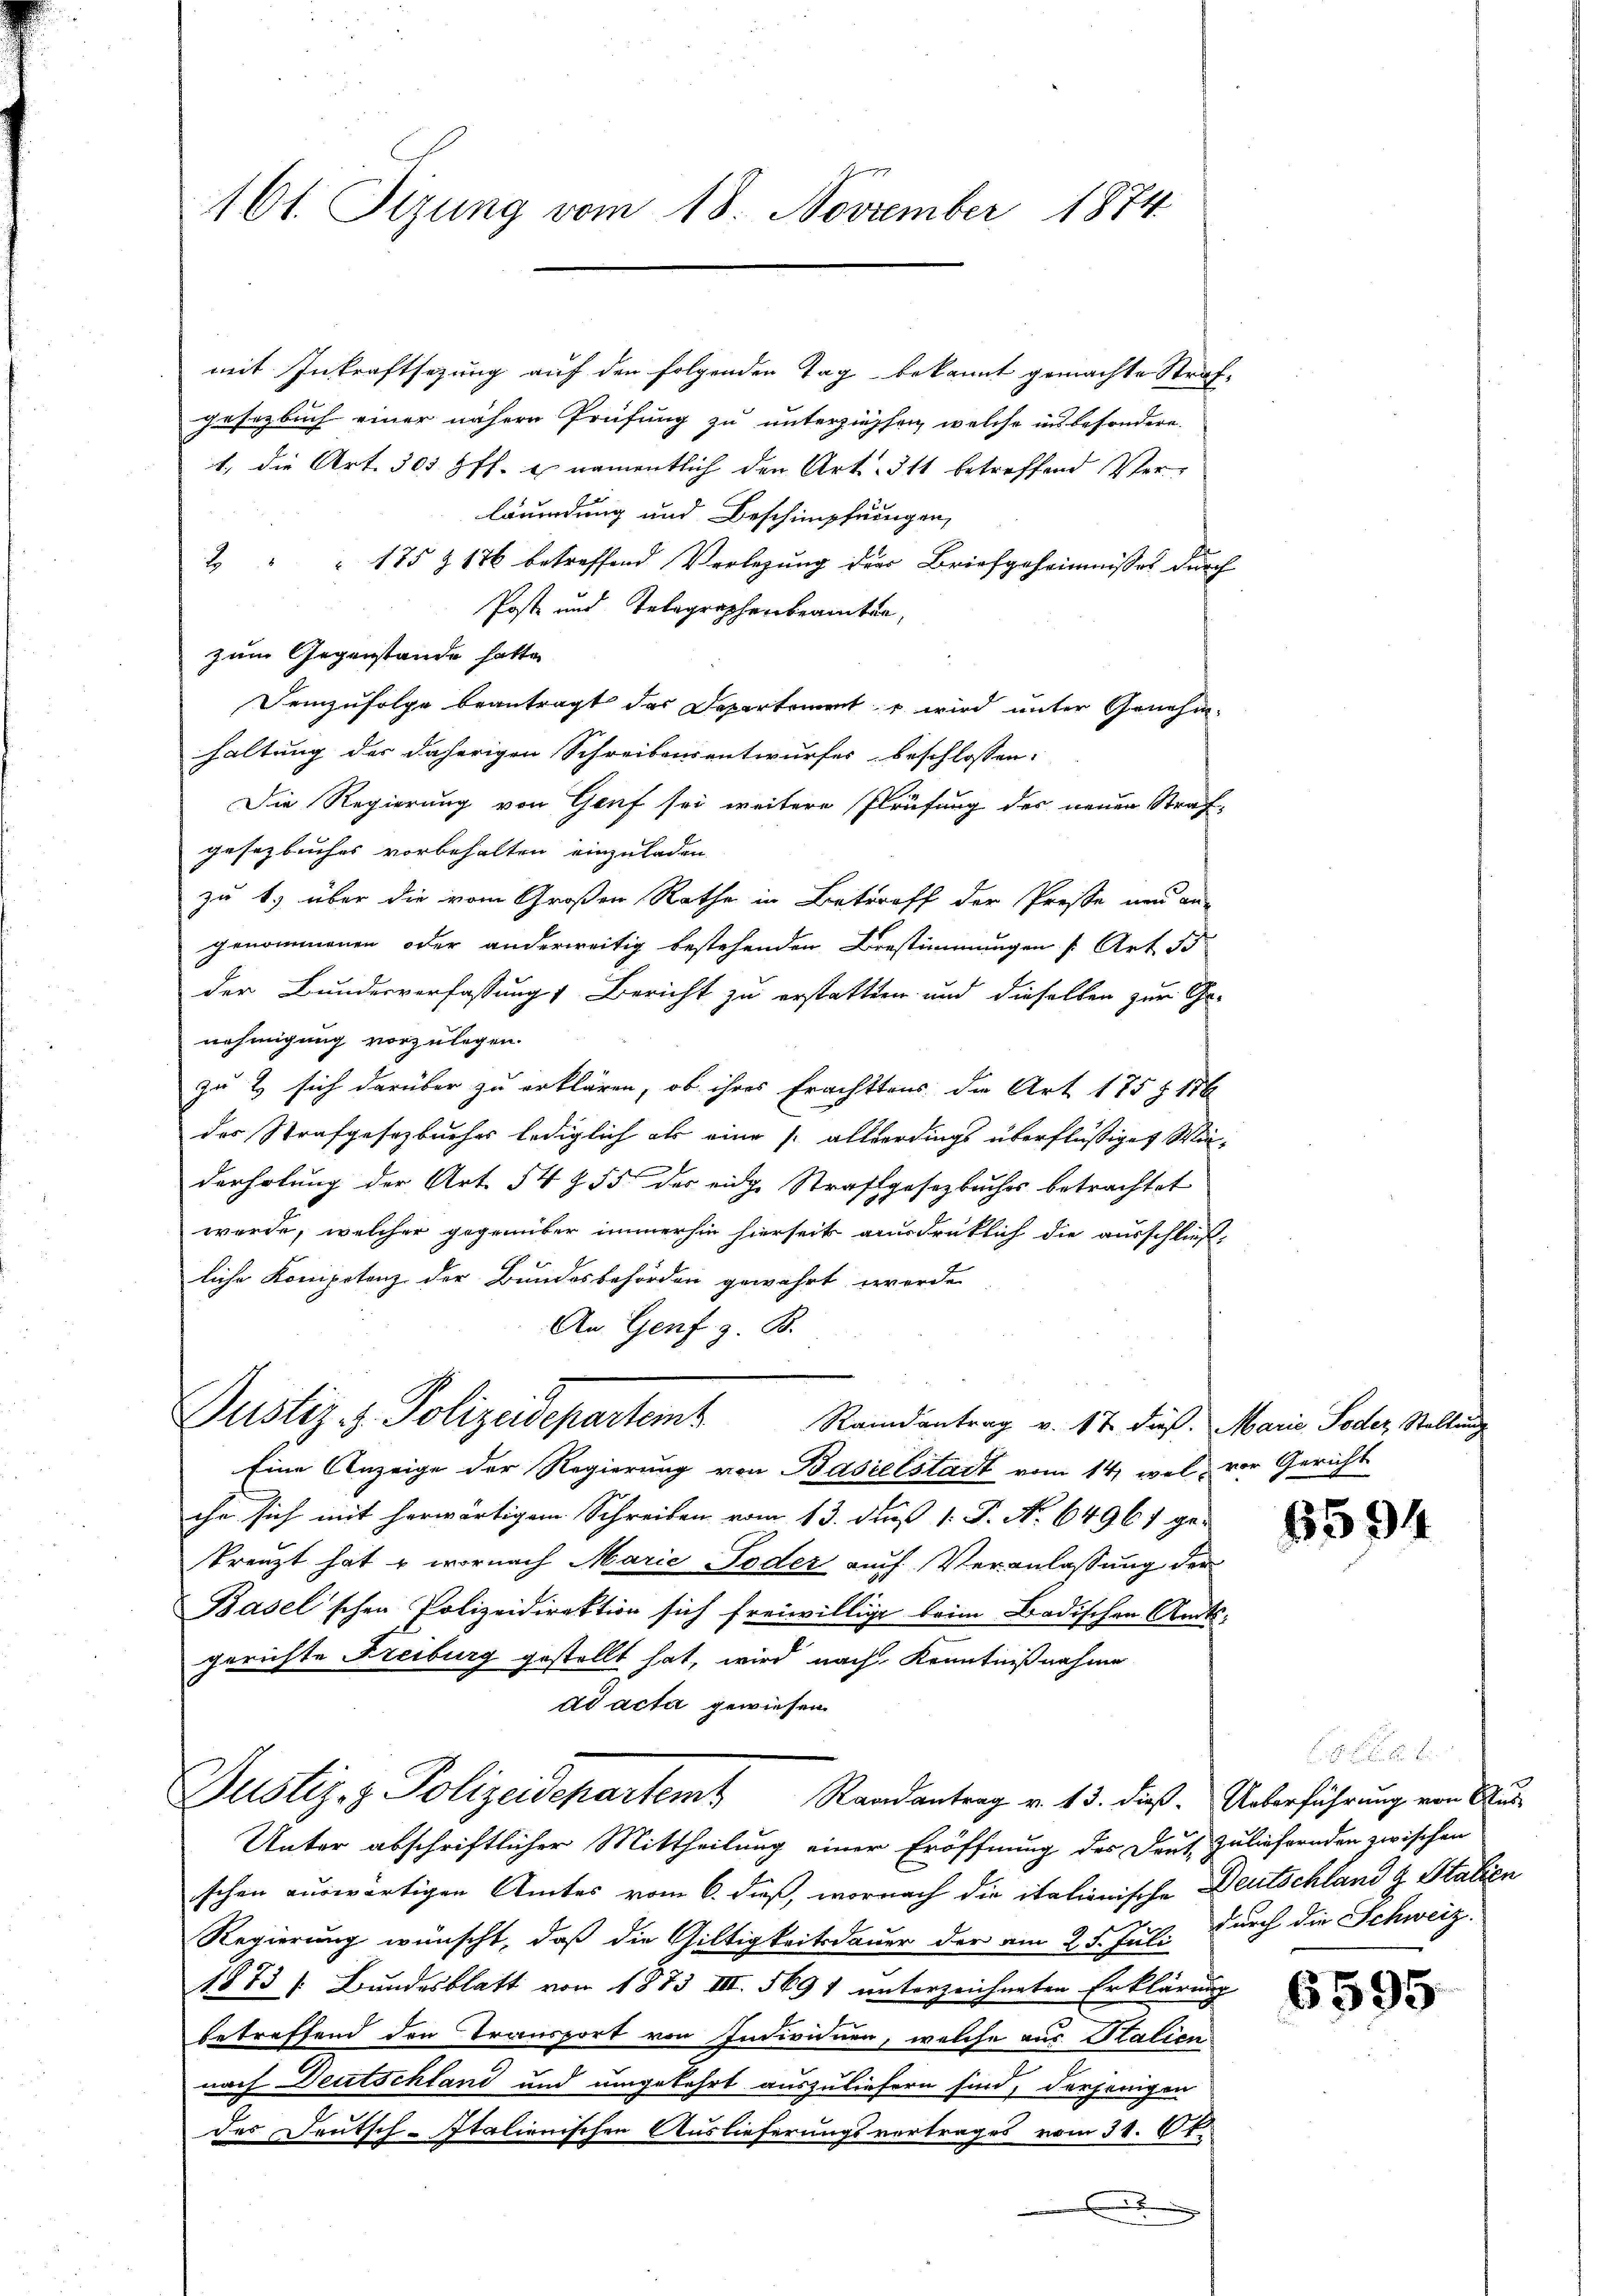
161. Tizung vom 18. November 1874.

mit Inkraftsezung auf den folgenden Tag bekannt gemachte Strafgesetzbuch einer nähere Prüfung zu unterziehen, welche ins besondere.
1. die Art. 305 ff. u. namentlich den Art. Ist betreffend Verläumdung und Beschimpfnungen,
2 " " 175 Z 176 betreffend Verlegung der Briefgeheimnisses durch
Poste und Telegraphenbeamten,
zum Gegenstände hatte
Demzufolge beantragt das Departements wird unter Genehmhaltung der daherigen Schreibensentwurfes beschlossen:
Die Regierung von Genf sei weitere Prüfung des neuen Straf-
gesetzbuches vorbehalten einzuladen.
zu 1.) über die vom Großen Rathe in Betreff der Presse neu an-
genommenen oder anderweitig bestehenden Bestimmungen [Art. 3
der Bundesverfassung Bericht zu erstatten und dieselben zur Ge-
nehmigung vorzulegen.
zu & sich darüber zu erklären, ob ihres Erachttens die Art 175 § 156
des Strafgesezbuehr lediglich als eine /: allerdings überflüßiget Winderholung der Art. 54 § 55 des eidge Strafgesetzbuches betrachtet
werde, welcher gegenüber immerhin hierseit ausdrüklich die ausschließ,
liche Konipotenz der Bundesbehörden gewährt werde
An Genf z. B.
Justiz- & Polizeidepartamt
Randantrag v. 17 dieß. Marie Toder Stellung
Eine Anzeige der Regierung von Baselstadt vom 14, wel vor Gericht
ihr sich mit herwärtigem Schreiben vom 13. daß 1. P. N. 64961 ge-
kreuzt hat  wornach Marie oder auf Veranlassung der
Basel'schen Polizeidirektion sich freiwillige beim Badischen Amtsgerichte Freiburg gestellt hat, wird nach Kenntnißnahme
ad acta gewiesen.
Justiz- & Polizeidepartem Randantrag v. 13. dieß. Unterführung von Aus¬
Unter abschriftlicher Mittheilung einer Eröffnung des Deut, zuliefernden zwischen
schen auswärtigen Amtes vom 6. dieß, wornach die italionische Deutschland & Stalien
Regierung wünscht, daß die Giltigkeitsdauer der am 25. Jul. durch die Schweiz.
1873 s. Bundesblatt von 1873 III 569 1 unterzeichneten Erklärung
betreffend den Transport von Individuen, welche aus Stalien
nach Deutschland und umgekehrt auszuliefern sind, derjenigen
des Deutsch-Italienischen Auslieferungsvertrages vom 31. 6.
x

5594

6595